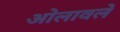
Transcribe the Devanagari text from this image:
ओलावले